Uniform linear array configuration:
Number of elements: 24
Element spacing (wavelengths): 0.5
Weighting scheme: hann
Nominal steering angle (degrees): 45
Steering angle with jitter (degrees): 43.148
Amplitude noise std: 0.05
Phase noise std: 0.05

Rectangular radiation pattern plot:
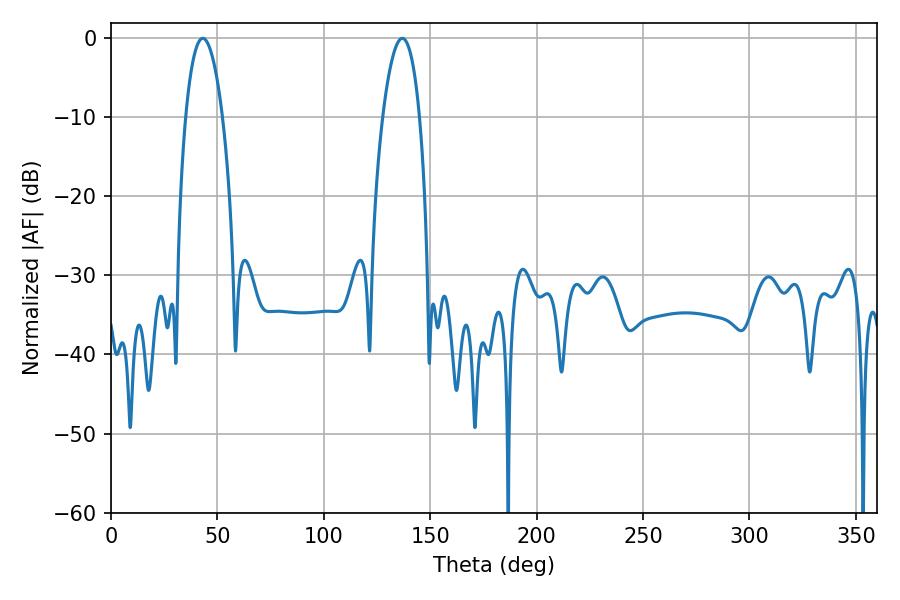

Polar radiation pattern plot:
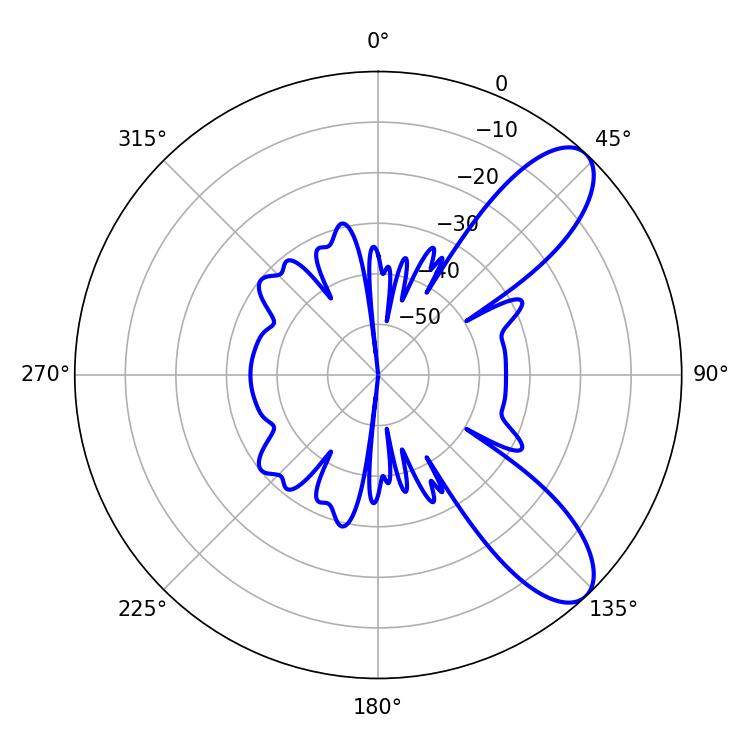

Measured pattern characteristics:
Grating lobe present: FALSE
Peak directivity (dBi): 9.101
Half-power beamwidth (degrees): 9.54
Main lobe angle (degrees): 136.8